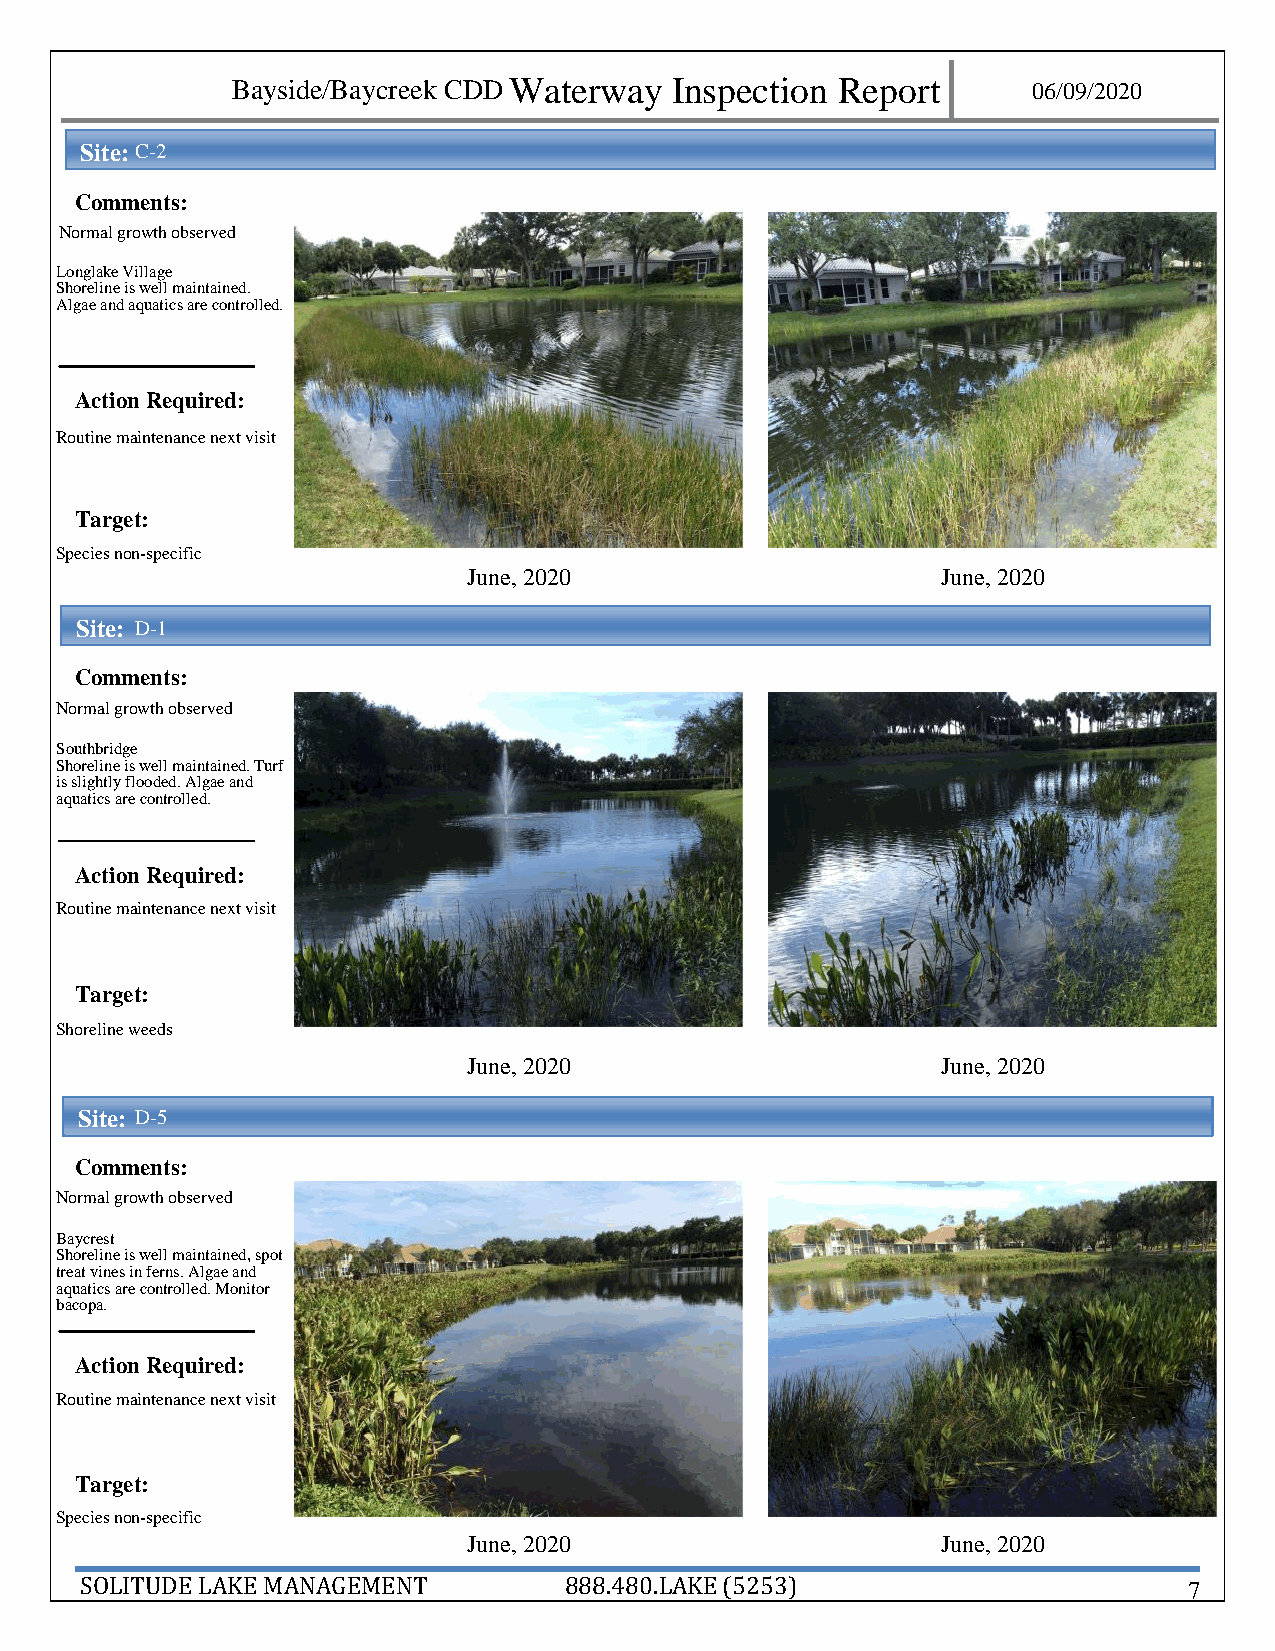
Bayside/Baycreek CDD Waterway Inspection Report      06/09 /2020
 Site: C - 2
 Comments:
 Normal growth observed
 Longlake Village
 Shoreline is well maintained.
 Algae and aquatics are controlled.
 Action Required:
 Ro utine maintenance next visit
 Target:
 Spe cies non-specific
 June, 2020                     June, 2020
 Site: D - 1
 Comments:
 Normal growth observed
 Sou thbridge
 Shoreline is well maintained. Turf
 is slightly flooded. Algae and
 aqu atics are controlled.
 Action Required:
 Ro utine maintenance next visit
 Target:
 Sho reline weeds
 June, 2020                     June, 2020
 Site: D- 5
 Comments:
 Normal growth observed
 Bay crest
 Shoreline is well maintained, spot
 treat vines in ferns. Algae and
 aqu atics are controlled. Monitor
 bacopa.
 Action Required:
 Ro utine maintenance next visit
 Target:
 Spe cies non-specific
 June, 2020                     June, 2020
 SOLITUDE LAKE MANAGEMENT        888.480.LAKE (5253)                       7